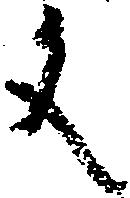
文